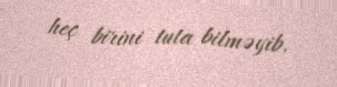
heç birini tuta bilməyib.